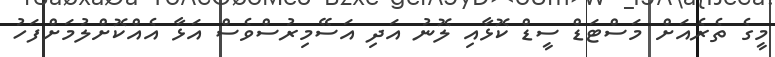
މީގެ ތެރެއަށް މަސްޓަޑް ސީޑް ކޮޅާއި ލޮނު އަދި އަސޭމިރުސްވެސް އަޅާ އެއްކޮށްލުމަށްފަހު